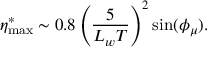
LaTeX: \eta _ { \mathrm { m a x } } ^ { * } \sim 0 . 8 \left( \frac { 5 } { L _ { w } T } \right) ^ { 2 } \sin ( \phi _ { \mu } ) .